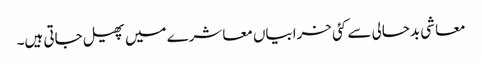
معاشی بدحالی سے کئی خرابیاں معاشرے میں پھیل جاتی ہیں۔